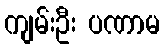
ကျမ်းဦး ပဏာမ